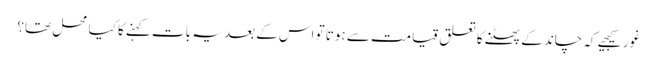
غور کیجیے کہ چاند کے پھٹنے کا تعلق قیامت سے ہوتا تو اس کے بعد یہ بات کہنے کا کیا محل تھا؟